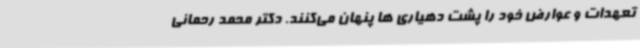
تعهدات و عوارض خود را پشت دهیاری ها پنهان می‌کنند. دکتر محمد رحمانی